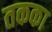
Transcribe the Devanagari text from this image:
तकका